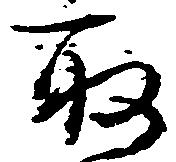
取